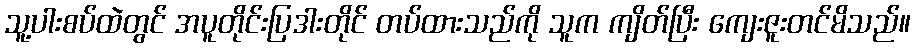
သူ့ပါးစပ်ထဲတွင် အပူတိုင်းပြဒါးတိုင် တပ်ထားသည်ကို သူက ကျိတ်ပြီး ကျေးဇူးတင်မိသည်။